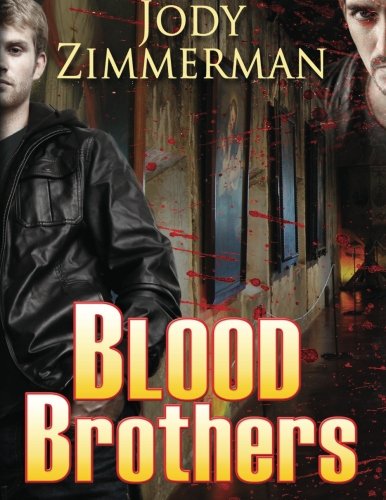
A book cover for Blood Brothers; Jody Zimmerman; Gay & Lesbian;